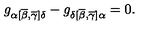
g _ { \alpha [ \overline { { \beta } } , \overline { { \gamma } } ] \delta } - g _ { \delta [ \overline { { \beta } } , \overline { { \gamma } } ] \alpha } = 0 .